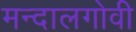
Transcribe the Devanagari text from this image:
मन्दालगोवी